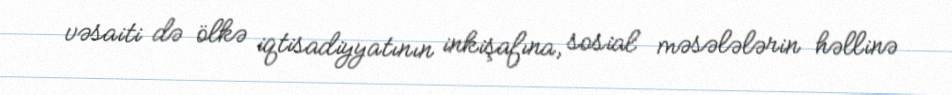
vəsaiti də ölkə iqtisadiyyatının inkişafına, sosial məsələlərin həllinə